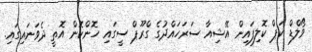
ވޯލްޑް ކަޕް ކޮލިފައިން އޭޝިއާ ސަރަހައްދުގެ ގްރޫޕް ސީގައި ހޮންކޮން އޮތީ ދެވަނައިގައި.